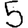
Digit: 5